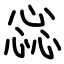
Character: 惢